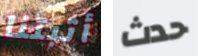
أثبتنا حدث